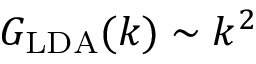
G _ { \mathrm { L D A } } ( k ) \sim k ^ { 2 }